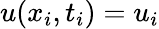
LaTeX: u(x_{i},t_{i})=u_{i}